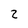
Character: z